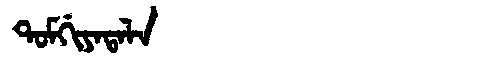
Manchu: ᡨᠣᠮᡤᡳᠶᠠᡨᠠᠯᠠ
Romanization: TOMGIYATALA